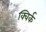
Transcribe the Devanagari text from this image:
क्विर्क